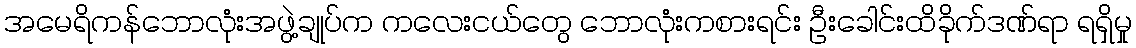
အမေရိကန်ဘောလုံးအဖွဲ့ချုပ်က ကလေးငယ်တွေ ဘောလုံးကစားရင်း ဦးခေါင်းထိခိုက်ဒဏ်ရာ ရရှိမှု